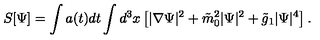
S [ \Psi ] = \int a ( t ) d t \int d ^ { 3 } x \left[ | \nabla \Psi | ^ { 2 } + \tilde { m } _ { 0 } ^ { 2 } | \Psi | ^ { 2 } + \tilde { g } _ { 1 } | \Psi | ^ { 4 } \right] .